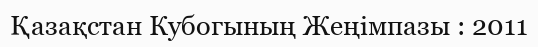
Қазақстан Кубогының Жеңімпазы : 2011